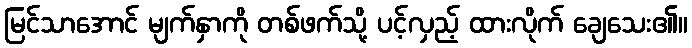
မြင်သာအောင် မျက်နှာကို တစ်ဖက်သို့ ပင့်လှည့် ထားလိုက် ချေသေး၏။